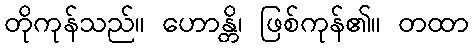
တိုကုန်သည်။ ဟောန္တိ၊ ဖြစ်ကုန်၏။ တထာ